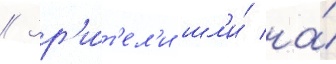
// Зр'и́т'ел'и шл'и́ на́